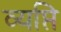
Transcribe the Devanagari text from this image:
व्यप्ति